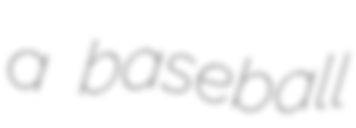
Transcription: a baseball